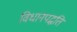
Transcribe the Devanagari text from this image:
विधानपद्धति